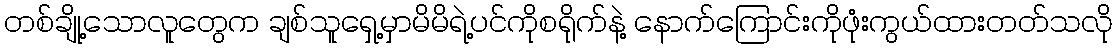
တစ်ချို့သောလူတွေက ချစ်သူရှေ့မှာမိမိရဲ့ပင်ကိုစရိုက်နဲ့ နောက်ကြောင်းကိုဖုံးကွယ်ထားတတ်သလို